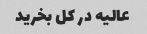
عالیه در کل بخرید